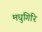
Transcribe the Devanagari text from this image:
मधुगिरि